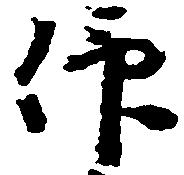
仰